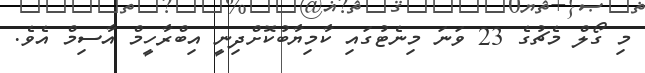
މި ގޯލް މެޗުގެ 23 ވަނަ މިނެޓުގައި ކާމިޔާބުކޮށްދިނީ އިބްރާހީމް އާސިމް އެވެ.